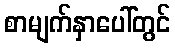
စာမျက်နှာပေါ်တွင်